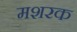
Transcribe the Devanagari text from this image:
मशरक